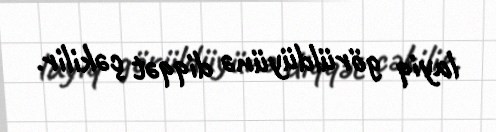
layiq görüldüyünə diqqət çəkilir.